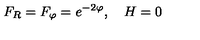
F _ { R } = F _ { \varphi } = e ^ { - 2 \varphi } , \quad H = 0